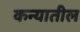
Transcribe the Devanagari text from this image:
कन्यातील